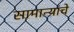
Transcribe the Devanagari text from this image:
सामान्यांचे